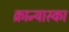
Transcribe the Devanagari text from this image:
क्रान्यास्का